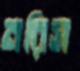
নরিস